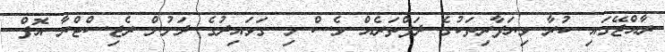
ރާއްޖޭގައި ކުރާ ވިޔަފާރިތަކުގެ ދަފްތަރެއް ވެސް މި ގަވައިދުގެ ދަށުން ރެޖިސްޓްރާ އޮފް